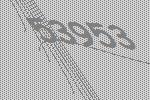
53953